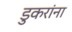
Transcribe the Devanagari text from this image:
डुकरांना